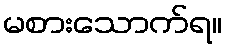
မစားသောက်ရ။